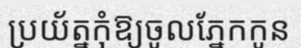
ប្រយ័ត្នកុំឱ្យចូលភ្នែកកូន